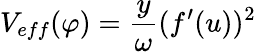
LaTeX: V_{eff}(\varphi)=\frac{y}{\omega}(f^{\prime}(u))^{2}